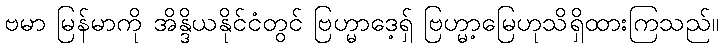
ဗမာ မြန်မာကို အိန္ဒိယနိုင်ငံတွင် ဗြဟ္မာဒေ့ရှ် ဗြဟ္မာ့မြေဟုသိရှိထားကြသည်။